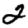
Digit: 2